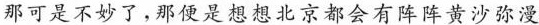
那可是不妙了，那便是想想北京都会有阵阵黄沙弥漫